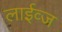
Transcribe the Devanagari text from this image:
लाईव्ज